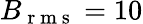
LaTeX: B_{\mathrm{~r~m~s~}}=10